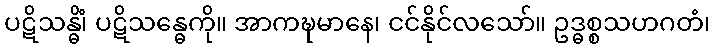
ပဋိသန္ဓိံ၊ ပဋိသန္ဓေကို။ အာကဍ္ဎမာနေ၊ ငင်နိုင်လသော်။ ဥဒ္ဓစ္စသဟဂတံ၊